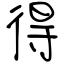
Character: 得